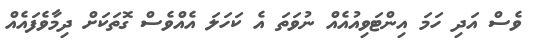
ވެސް އަދި ހަމަ އިންޓަވިއުއެއް ނުވަތަ އެ ކަހަލަ އެއްވެސް ގޮތަކަށް ދިމާވެފައެއް